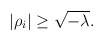
\begin{align*} |\rho_i| \geq \sqrt{-\lambda}.\end{align*}